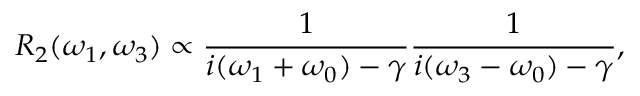
R _ { 2 } ( \omega _ { 1 } , \omega _ { 3 } ) \propto \frac { 1 } { i ( \omega _ { 1 } + \omega _ { 0 } ) - \gamma } \frac { 1 } { i ( \omega _ { 3 } - \omega _ { 0 } ) - \gamma } ,